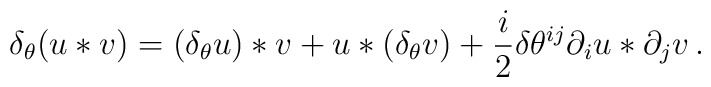
\delta_\theta (u*v) = (\delta_\theta u) *v + u* (\delta_\theta v) + \frac i2 \delta\theta^{ij}   \partial_i u * \partial_j v \,.